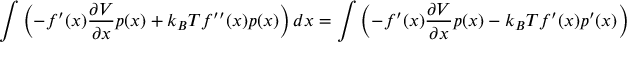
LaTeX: \int \left( - f ^ { \prime } ( x ) { \frac { \partial V } { \partial x } } p ( x ) + { k _ { B } T } f ^ { \prime \prime } ( x ) p ( x ) \right) d x = \int \left( - f ^ { \prime } ( x ) { \frac { \partial V } { \partial x } } p ( x ) - { k _ { B } T } f ^ { \prime } ( x ) p ^ { \prime } ( x ) \right) d x = 0 ,